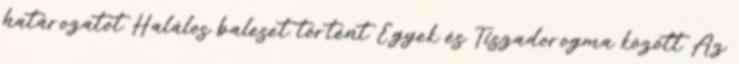
határozatot Halálos baleset történt Egyek és Tiszadorogma között Az